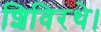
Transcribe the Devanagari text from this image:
शिविरथे।